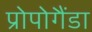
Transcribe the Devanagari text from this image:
प्रोपोगैंडा